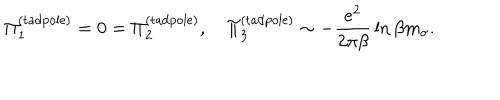
\Pi _ { 1 } ^ { ( \mathrm { t a d p o l e } ) } = 0 = \Pi _ { 2 } ^ { ( \mathrm { t a d p o l e } ) } , \quad \Pi _ { 3 } ^ { ( \mathrm { t a d p o l e } ) } \sim - \frac { e ^ { 2 } } { 2 \pi \beta } \, \ln \beta m _ { \sigma } .